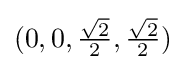
(0,0,{\tfrac {\sqrt {2}}{2}},{\tfrac {\sqrt {2}}{2}})